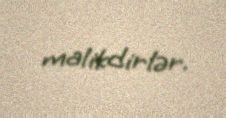
malikdirlər.